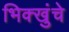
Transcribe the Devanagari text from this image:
भिक्खुंचे